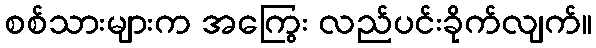
စစ်သားများက အကြွေး လည်ပင်းခိုက်လျက်။